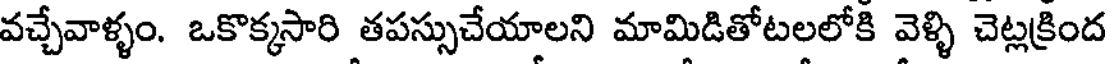
వచ్చేవాళ్ళం. ఒకొక్కసారి తపస్సుచేయాలని మామిడితోటలలోకి వెళ్ళి చెట్లక్రింద